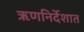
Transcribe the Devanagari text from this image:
ऋणनिर्देशात